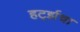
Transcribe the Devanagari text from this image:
हर्ट्झचा